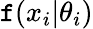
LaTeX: \mathtt{f}(x_{i}|\theta_{i})